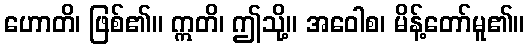
ဟောတိ၊ ဖြစ်၏။ ဣတိ၊ ဤသို့။ အဝေါစ၊ မိန့်တော်မူ၏။